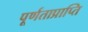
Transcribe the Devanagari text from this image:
पूर्णताप्राप्ति